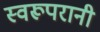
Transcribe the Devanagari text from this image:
स्वरूपरानी